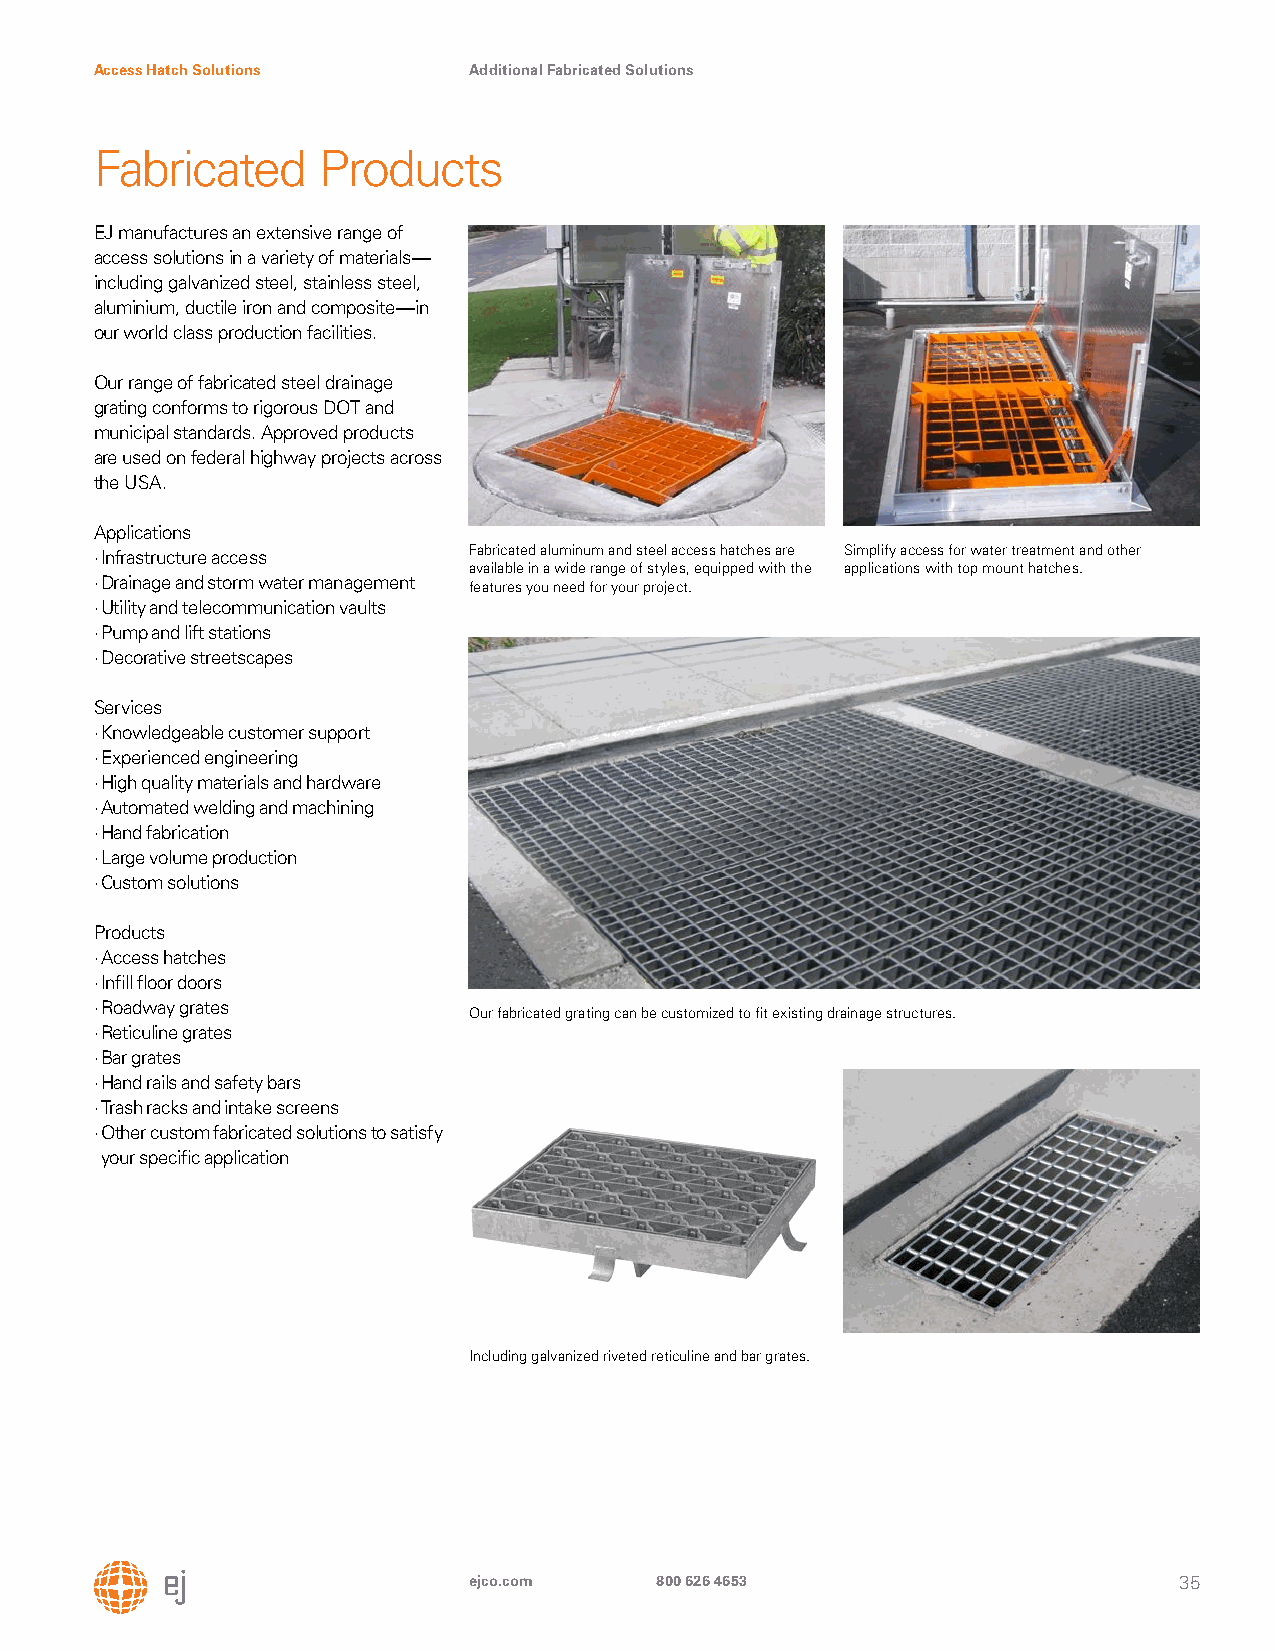
Access Hatch Solutions   Additional Fabricated Solutions
 Fabricated     Products
 EJ manufactures an extensive range of
 access solutions in a variety of materials—
 including galvanized steel, stainless steel,
 aluminium, ductile iron and composite—in
 our world class production facilities.
 Our range of fabricated steel drainage
 grating conforms to rigorous DOT and
 municipal standards. Approved products
 are used on federal highway projects across
 the USA.
 Applications
 · Infrastructure access  Fabricated aluminum and steel access hatches are Simplify access for water treatment and other
 available in a wide range of styles, equipped with the applications with top mount hatches.
 · Drainage and storm water management
 features you need for your project.
 · Utility and telecommunication vaults
 · Pump and lift stations
 · Decorative streetscapes
 Services
 · Knowledgeable customer support
 · Experienced engineering
 · High quality materials and hardware
 · Automated welding and machining
 · Hand fabrication
 · Large volume production
 · Custom solutions
 Products
 · Access hatches
 · Infill floor doors
 · Roadway grates
 Our fabricated grating can be customized to fit existing drainage structures.
 · Reticuline grates
 · Bar grates
 · Hand rails and safety bars
 · Trash racks and intake screens
 · Other custom fabricated solutions to satisfy
 your specific application
 Including galvanized riveted reticuline and bar grates.
 ejco.com    800 626 4653                       35